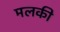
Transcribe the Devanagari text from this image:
मलकी